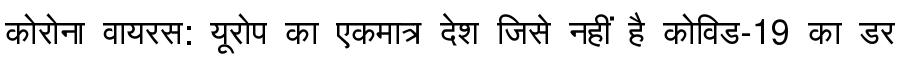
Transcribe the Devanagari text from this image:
कोरोना वायरस: यूरोप का एकमात्र देश जिसे नहीं है कोविड-19 का डर